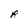
Character: R